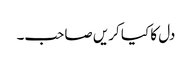
دل کا کیا کریں صاحب۔